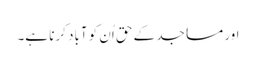
اور مساجد کے حق اُن کو آباد کرنا ہے۔